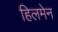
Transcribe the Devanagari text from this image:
हिलमेन